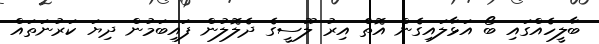
ބާލީހެއްގައި ބޯ އަޅާލައިގެން އޮތް އިރު ލޫސީގެ ދެލޮލުން ފައިބަމުން ދިޔަ ކަރުނަތައް